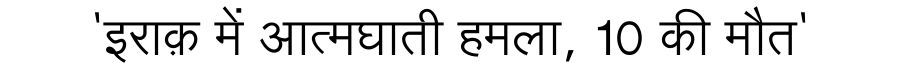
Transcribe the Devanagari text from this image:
'इराक़ में आत्मघाती हमला, 10 की मौत'